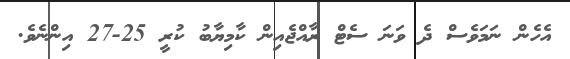
އެހެން ނަމަވެސް ދެ ވަނަ ސެޓް ރާއްޖެއިން ކާމިޔާބު ކުރީ 25-27 އިންނެވެ.